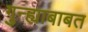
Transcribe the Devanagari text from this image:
गुन्ह्याबाबत